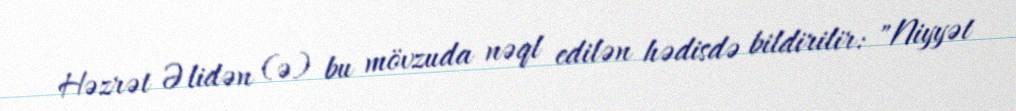
Həzrət Əlidən (ə) bu mövzuda nəql edilən hədisdə bildirilir: "Niyyət